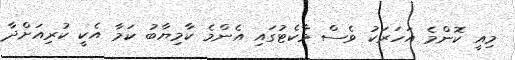
މިއީ ކޮންމެ އަހަރަކު ވެސް މާކެޓުގައި އެންމެ ކާމިޔާބު ކަމާ އެކީ ކުރިއަށްދާ